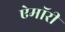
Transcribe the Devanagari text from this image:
ऐमॉरी